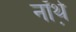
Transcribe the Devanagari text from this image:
नॉर्थ़